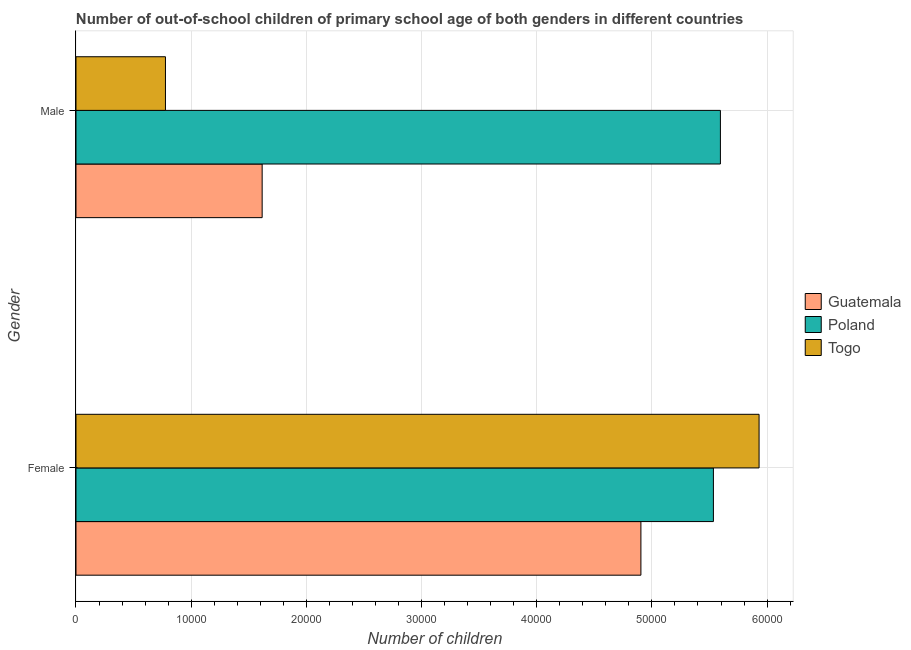
| Gender | Guatemala | Poland | Togo |
 | --- | --- | --- | --- |
 | Female | 4.9e+04 | 5.53e+04 | 5.93e+04 |
 | Male | 1.62e+04 | 5.59e+04 | 7.77e+03 |